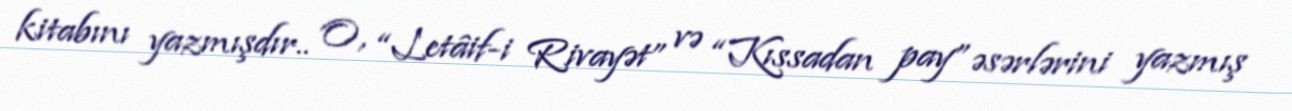
kitabını yazmışdır.. O, “Letâif-i Rivayət” və “Kıssadan pay” əsərlərini yazmış